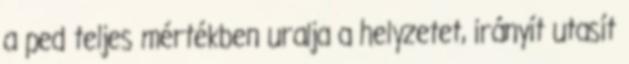
a ped teljes mértékben uralja a helyzetet, irányít utasít